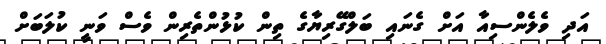
އަދި ވެލެންސިއާ އަށް ގެނައި ބަލްގޭރިޔާގެ ތިން ކުޅުންތެރިން ވެސް ވަނީ ކުލަބަށް